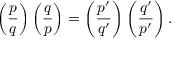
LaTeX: \left( { \frac { p } { q } } \right) \left( { \frac { q } { p } } \right) = \left( { \frac { p ^ { \prime } } { q ^ { \prime } } } \right) \left( { \frac { q ^ { \prime } } { p ^ { \prime } } } \right) .